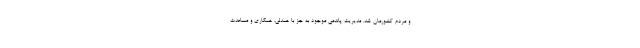
و مردم کشورمان شد. مدیریت پاندمی موجود به جز با همدلی، همکاری و مساعدت